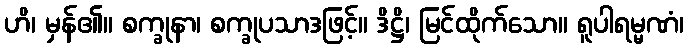
ဟိ၊ မှန်၏။ စက္ခုနာ၊ စက္ခုပသာဒဖြင့်။ ဒိဋ္ဌိ၊ မြင်ထိုက်သော။ ရူပါရမ္မဏံ၊